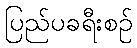
ပြည်ပခရီးစဉ်